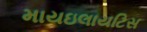
માયઇલાયટિસ